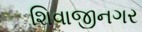
શિવાજીનગર